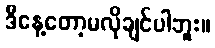
ဒီနေ့တော့မလိုချင်ပါဘူး။